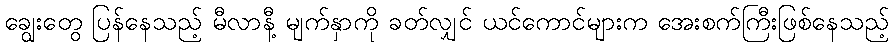
ချွေးတွေ ပြန်နေသည့် မီလာနီ့ မျက်နှာကို ခတ်လျှင် ယင်ကောင်များက အေးစက်ကြီးဖြစ်နေသည့်